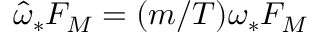
\hat { \omega } _ { * } F _ { M } = ( m / T ) \omega _ { * } F _ { M }